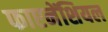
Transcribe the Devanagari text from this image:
फाएनेंशियल